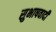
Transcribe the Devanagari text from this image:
सुभाषवादी